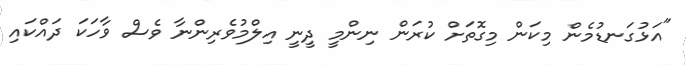
"އަޅުގަނޑުމެން މިކަން މިގޮތަށް ކުރަން ނިންމީ ދީނީ އިލްމުވެރިންނާ ވެސް ވާހަކަ ދައްކައި